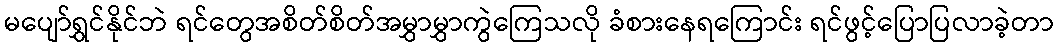
မပျော်ရွှင်နိုင်ဘဲ ရင်တွေအစိတ်စိတ်အမွှာမွှာကွဲကြေသလို ခံစားနေရကြောင်း ရင်ဖွင့်ပြောပြလာခဲ့တာ